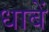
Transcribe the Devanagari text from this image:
धाबें